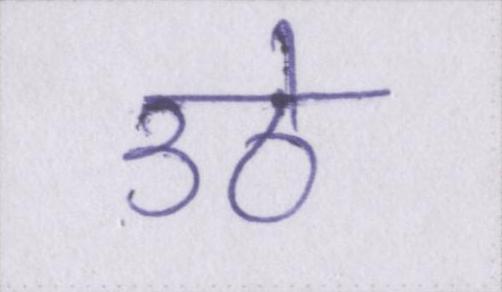
उठे